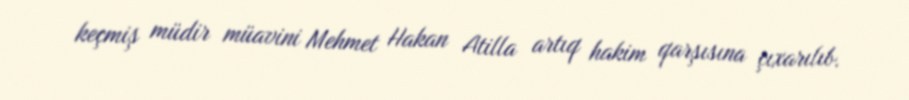
keçmiş müdir müavini Mehmet Hakan Atilla artıq hakim qarşısına çıxarılıb.